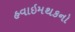
હવાઇમથકનો